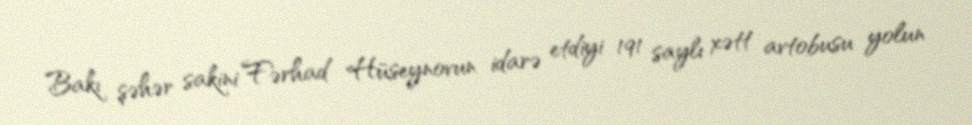
Bakı şəhər sakini Fərhad Hüseynovun idarə etdiyi 191 saylı xətt avtobusu yolun